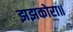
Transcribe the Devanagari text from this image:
झझकोरा॥